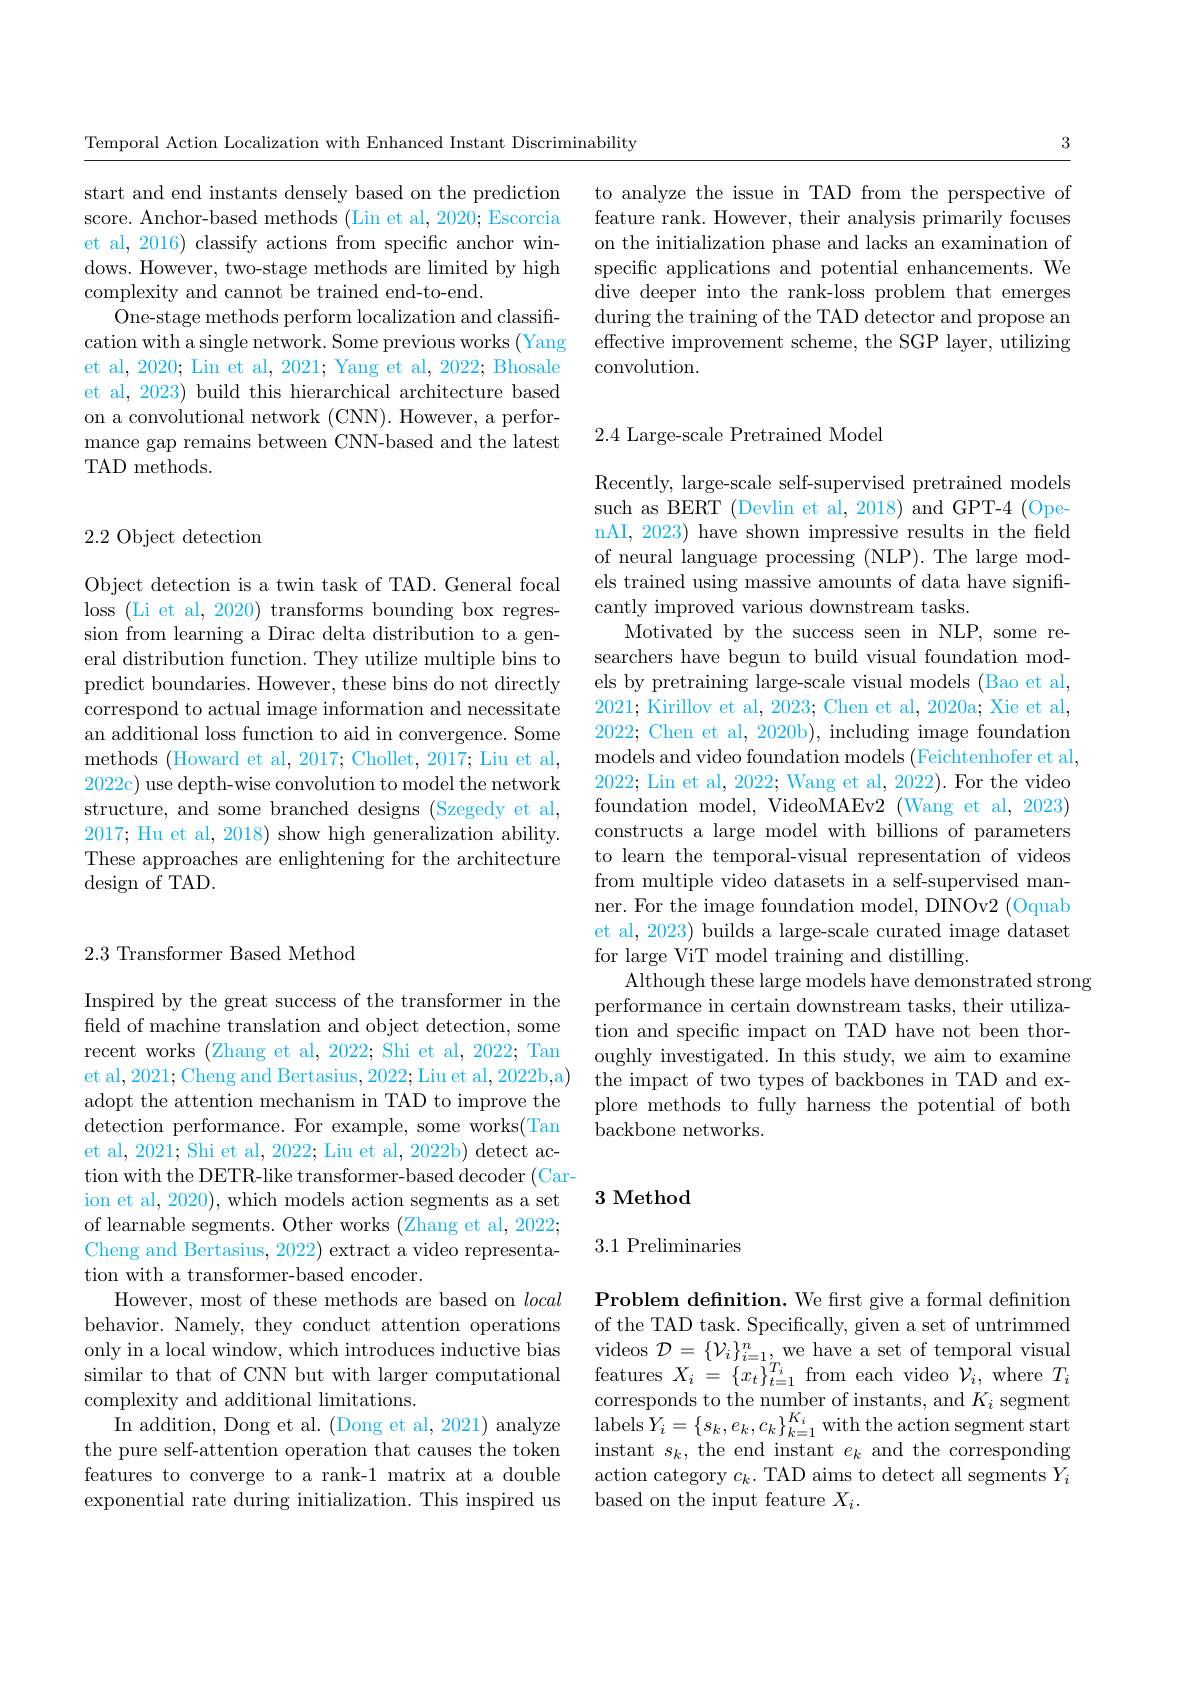
Temporal Action Localization with Enhanced Instant Discriminability

start and end instants densely based on the prediction score. Anchor-based methods (Lin et al, 2020; Escorcia et al, 2016) classify actions from specific anchor windows. However, two-stage methods are limited by high complexity and cannot be trained end-to-end.
One-stage methods perform localization and classification with a single network. Some previous works (Yang et al, 2020; Lin et al, 2021; Yang et al, 2022; Bhosale et al, 2023) build this hierarchical architecture based on a convolutional network (CNN). However, a performance gap remains between CNN-based and the latest TAD methods.

## 2.2 Object detection

Object detection is a twin task of TAD. General focal loss (Li et al, 2020) transforms bounding box regression from learning a Dirac delta distribution to a general distribution function. They utilize multiple bins to predict boundaries. However, these bins do not directly correspond to actual image information and necessitate an additional loss function to aid in convergence. Some methods (Howard et al, 2017; Chollet, 2017; Liu et al, 2022c) use depth-wise convolution to model the network structure, and some branched designs (Szegedy et al, 2017; Hu et al, 2018) show high generalization ability. These approaches are enlightening for the architecture design of TAD.

## 2.3 Transformer Based Method

Inspired by the great success of the transformer in the field of machine translation and object detection, some recent works (Zhang et al, 2022; Shi et al, 2022; Tan et al, 2021; Cheng and Bertasius, 2022; Liu et al, 2022b,a) adopt the attention mechanism in TAD to improve the detection performance. For example, some works(Tan et al, 2021; Shi et al, 2022; Liu et al, 2022b) detect action with the DETR-like transformer-based decoder (Carion et al, 2020), which models action segments as a set of learnable segments. Other works (Zhang et al, 2022; Cheng and Bertasius, 2022) extract a video representation with a transformer-based encoder.
However, most of these methods are based on local behavior. Namely, they conduct attention operations only in a local window, which introduces inductive bias similar to that of CNN but with larger computational complexity and additional limitations.
In addition, Dong et al. ( Dong et al, 2021) analyze labels$\hat{Y} _{i}= \left \{ s_{k}, e_{k}, c_{k}\right \} _{k= 1}^{K_{i}}$with the action segment start the pure self- attention operation that causes the token instant $s_{k}$,the end instant $e_{k}$ and the cor
features to converge to a rank-1 matrix at a double exponential rate during initialization. This inspired us

3

to analyze the issue in TAD from the perspective of feature rank. However, their analysis primarily focuses on the initialization phase and lacks an examination of specific applications and potential enhancements. We dive deeper into the rank-loss problem that emerges $\operatorname{during~the~training~of~the~TAD~detector~and~propose~an}$ effective improvement scheme, the SGP layer, utilizing convolution.

## 2.4 Large-scale Pretrained Model

Recently, large-scale self-supervised pretrained models such as BERT (Devlin et al, 2018) and GPT-4 (OpenAI, 2023) have shown impressive results in the field of neural language processing (NLP). The large models trained using massive amounts of data have significantly improved various downstream tasks.
Motivated by the success seen in NLP, some researchers have begun to build visual foundation models by pretraining large-scale visual models (Bao et al, 2021; Kirillov et al, 2023; Chen et al, 2020a; Xie et al, 2022; Chen et al, 2020b), including image foundation models and video foundation models (Feichtenhofer et al, 2022; Lin et al, 2022; Wang et al, 2022). For the video foundation model, VideoMAEv2 (Wang et al, 2023) constructs a large model with billions of parameters to learn the temporal-visual representation of videos from multiple video datasets in a self-supervised manner. For the image foundation model, DINOv2 (Oquab et al, 2023) builds a large-scale curated image dataset for large ViT model training and distilling.
Although these large models have demonstrated strong
performance in certain downstream tasks, their utilization and specific impact on TAD have not been thoroughly investigated. In this study, we aim to examine the impact of two types of backbones in TAD and explore methods to fully harness the potential of both backbone networks.

## 3 Method

3.1 Preliminaries

Problem defnition. We frst give a formal defnition of the TAD task. Specifically, given a set of untrimmed videos $\mathcal{D}=\{\mathcal{V}_i\}_{i=1,T}^n$,we have a set of temporal visual features $X_i=\{x_t\}_{t=1}^{T_i}$ from each video $\dot{\mathcal{V}}_i$, where $T_i$ corresponds to the number of instants, and $K_i$ segment action category $c_k.$ TAD aims to detect all segments $Y_i$ based on the input feature $X_i.$